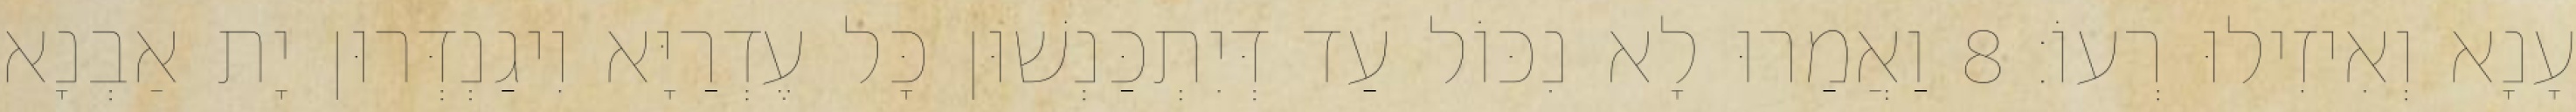
עָנָא וְאִיזִילוּ רְעוֹ׃ 8 וַאֲמַרוּ לָא נִכּוֹל עַד דְּיִתְכַּנְשׁוּן כָּל עֶדְרַיָּא וִיגַנְדְּרוּן יָת אַבְנָא